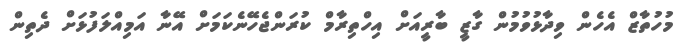
މުހުތާޒް އެހެން ވިދާޅުވުމުން ގާޒީ ބާރީއަށް އިހްތިރާމް ކުރަންޖެހޭނެކަމަށް އޭނާ އަމިއްލަފުޅަށް ދެތިން